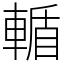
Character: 輴